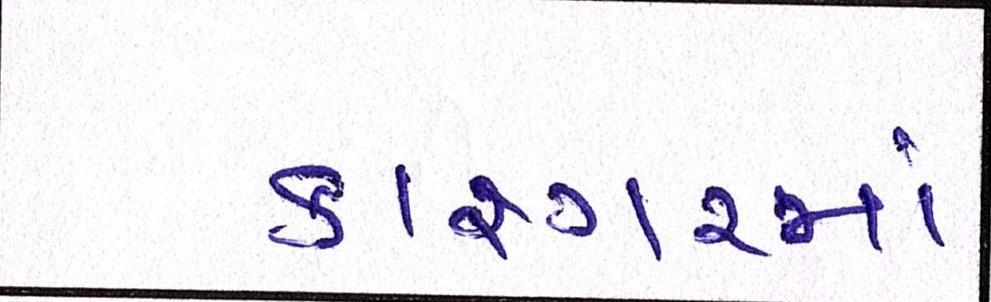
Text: કાશ્ગરમાં